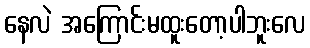
နေလဲ အကြောင်းမထူးတော့ပါဘူးလေ